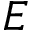
E